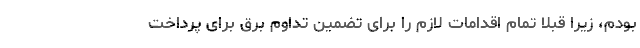
بودم، زیرا قبلاً تمام اقدامات لازم را برای تضمین تداوم برق برای پرداخت